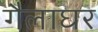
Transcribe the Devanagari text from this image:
गैलाघर